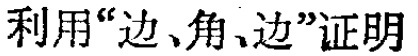
利用“边、角、边”证明